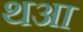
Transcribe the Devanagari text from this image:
थआ